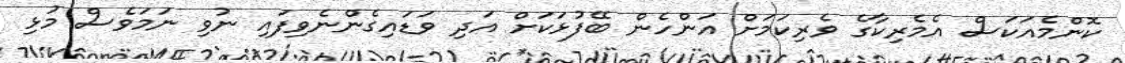
ކޮންމެއަކަސް އެމެރިކާގެ ވެރިކަމަށް އަންހެން ބޭފުޅަކަށް އަދި ވަޑައިގެންނެވިފައި ނުވި ނަމަވެސް މުޅި